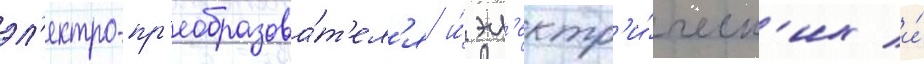
эл'ектро-пр'еобразова́т'ел'я и́ эл'ектр'и́ческ'их и́